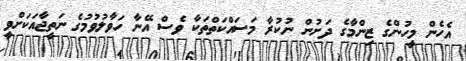
އެހެން މީހުންގެ ޒިންމާގެ ދަށުން ނުކުރާ މަސައްކަތްތަކާ ވެސް އޭނާ ހަވާލުވުމުގެ ނަތީޖާއަކަށްވީ